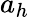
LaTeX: a_{h}